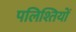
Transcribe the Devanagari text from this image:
पलिश्तियों